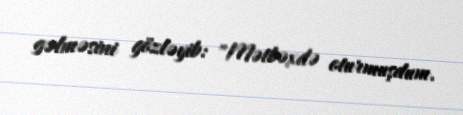
gəlməsini gözləyib: "Mətbəxdə oturmuşdum.